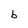
Character: b